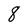
Character: 8